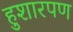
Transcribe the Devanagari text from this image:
हुशारपण